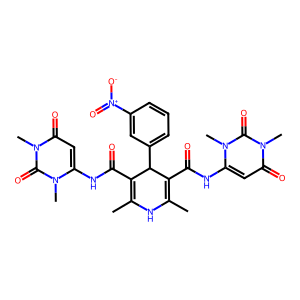
SMILES: CC1=C(C(=O)Nc2cc(=O)n(C)c(=O)n2C)C(c2cccc([N+](=O)[O-])c2)C(C(=O)Nc2cc(=O)n(C)c(=O)n2C)=C(C)N1
Inhibits HIV replication: No